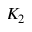
K _ { 2 }